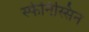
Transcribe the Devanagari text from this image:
स्फेनिस्सिन